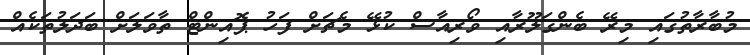
މުބާރާތުގައި މިރޭ ބެންގަލޫރާއި ވޯރިއާސް ކުޅޭ މެޗަށް ފަހު ޕޮއިންޓް ތާވަލަށް ބަދަލުތަކެއް